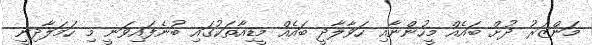
މަންޒަރު ދުށް ބައެއް މީހުންނާއި ހަވާލާދީ ބައެއް މީޑިއާތަކުގައި ބުނެފައިވަނީ މި ހަމަލާދިނީ